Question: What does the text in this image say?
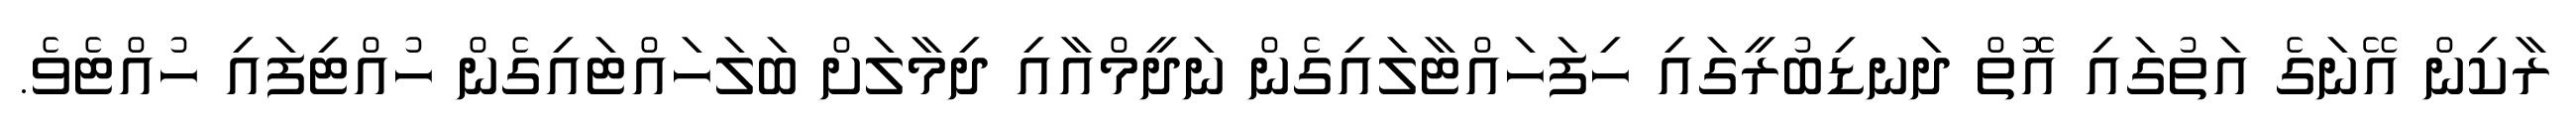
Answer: ރާކިން އޭނަގެ އަތުގައި އޮތް ދަނޑިބުރީގައި ހިފަހައްޓާލައިގެން ނަދީމްއާއި ދިމާލަށް ބަލަހައްޓައިގެން ހުއްޓިފައި ހުއްޓެވެ.